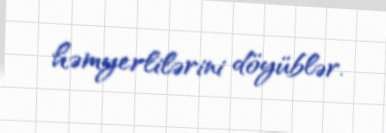
həmyerlilərini döyüblər.